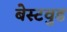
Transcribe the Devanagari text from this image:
बेस्टवुड